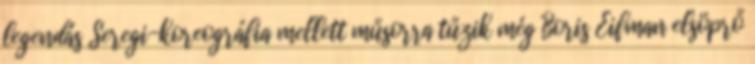
legendás Seregi-koreográfia mellett műsorra tűzik még Boris Eifman elsöprő